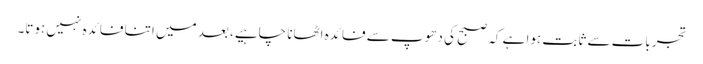
تجربات سے ثابت ہوا ہے کہ صبح کی دھوپ سے فائدہ اٹھانا چاہیے، بعد میں اتنا فائدہ نہیں ہوتا۔